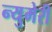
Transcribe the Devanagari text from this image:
न्युमेरी